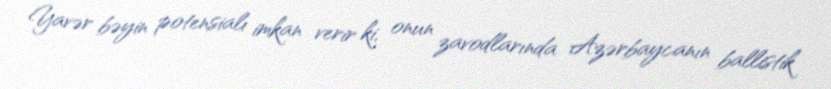
Yavər bəyin potensialı imkan verir ki, onun zavodlarında Azərbaycanın ballistik